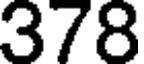
378